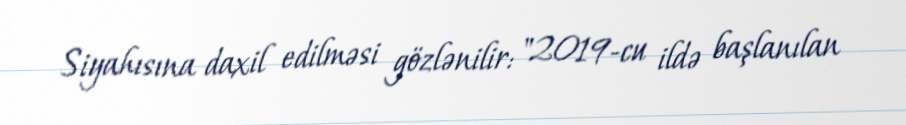
Siyahısına daxil edilməsi gözlənilir: "2019-cu ildə başlanılan